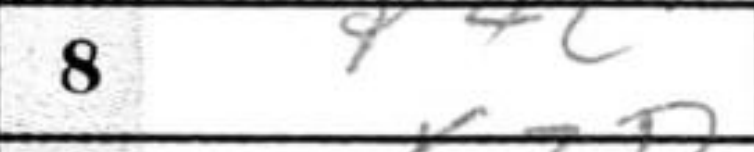
Transcription: P4c